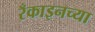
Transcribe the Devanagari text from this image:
रँकाइनच्या